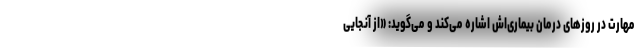
مهارت در روزهای درمان بیماری‌اش اشاره می‌کند و می‌گوید: «از آنجایی